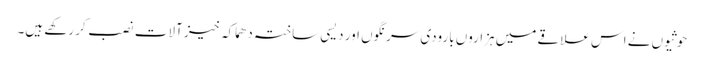
حوثیوں نے اس علاقے میں ہزاروں بارودی سرنگوں اور دیسی ساختہ دھماکہ خیز آلات نصب کر رکھے ہیں۔